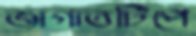
জাগাতটিপে